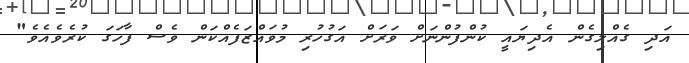
އަދި ގެއްލިގެން އެދިޔައީ ކުންފުންނަށް ވަރަށް އަގުހުރި މުވައްޒަފެއްކަން ވެސް ފާހަގަ ކުރެވެއެވެ"